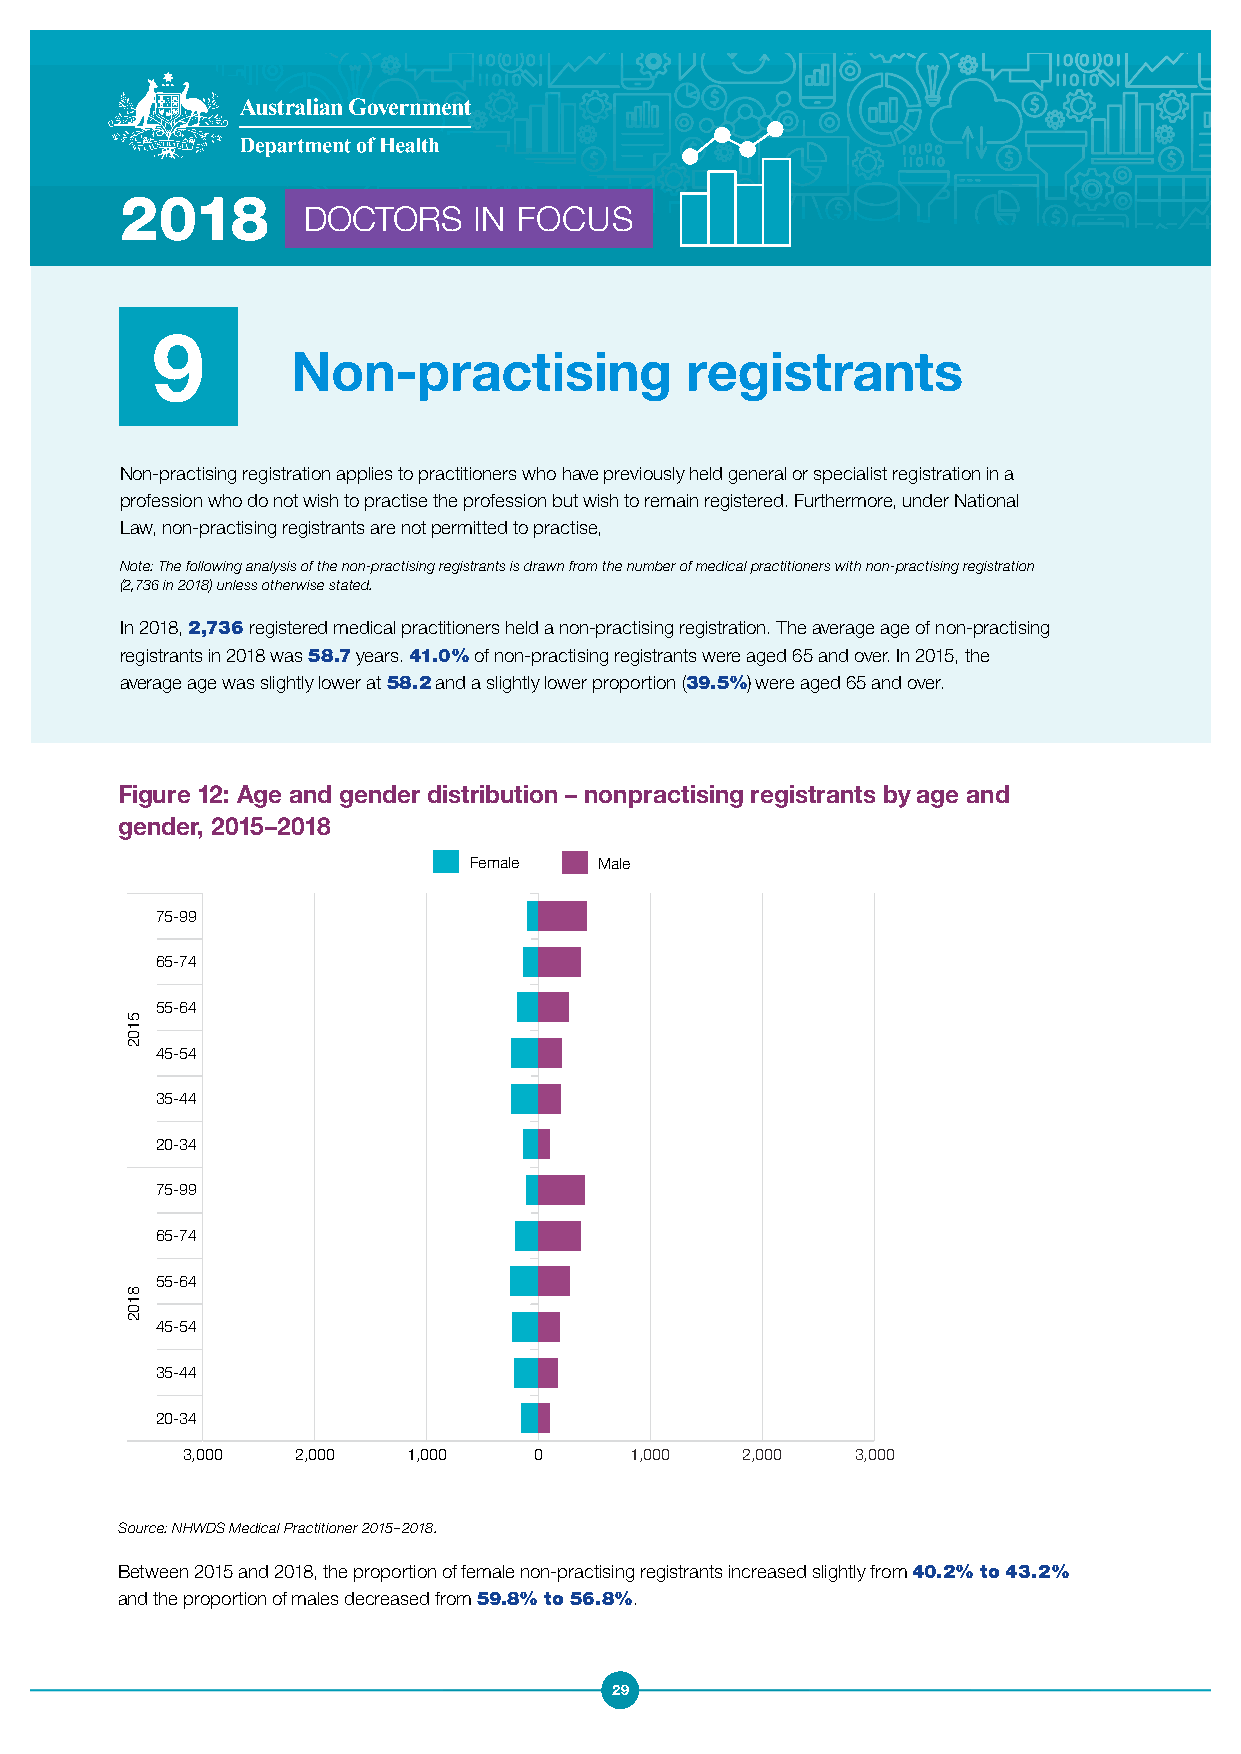
2018
 DOCTORS    IN FOCUS
 9
 Non-practising            registrants
 Non-practising registration applies to practitioners who have previously held general or specialist registration in a
 profession who do not wish to practise the profession but wish to remain registered. Furthermore, under National
 Law, non-practising registrants are not permitted to practise,
 Note: The following analysis of the non-practising registrants is drawn from the number of medical practitioners with non-practising registration
 (2,736 in 2018) unless otherwise stated.
 In 2018, 2,736 registered medical practitioners held a non-practising registration. The average age of non-practising
 registrants in 2018 was 58.7 years. 41.0% of non-practising registrants were aged 65 and over. In 2015, the
 average age was slightly lower at 58.2 and a slightly lower proportion (39.5%) were aged 65 and over.
 Figure 12: Age and gender distribution – nonpractising registrants by age and
 gender, 2015–2018
 Female   Male
 75-99
 65-74
 55-64
 45-54
 35-44
 20-34
 75-99
 65-74
 55-64
 45-54
 35-44
 20-34
 3,000  2,000   1,000   0      1,000  2,000   3,000
 Source: NHWDS Medical Practitioner 2015–2018.
 Between 2015 and 2018, the proportion of female non-practising registrants increased slightly from 40.2% to 43.2%
 and the proportion of males decreased from 59.8% to 56.8%.
 29
 5102
 8102